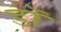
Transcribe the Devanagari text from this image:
डॉ